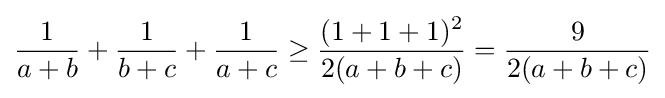
{\frac {1}{a+b}}+{\frac {1}{b+c}}+{\frac {1}{a+c}}\geq {\frac {(1+1+1)^{2}}{2(a+b+c)}}={\frac {9}{2(a+b+c)}}